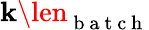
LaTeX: \mathbf{k}\len_{\mathrm{{~b~a~t~c~h~}}}